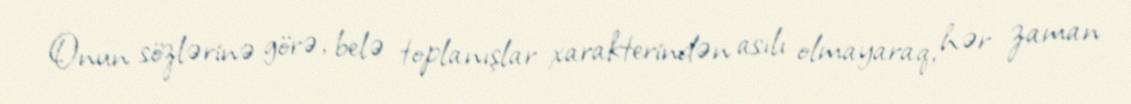
Onun sözlərinə görə, belə toplanışlar xarakterindən asılı olmayaraq, hər zaman